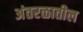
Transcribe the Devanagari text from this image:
अंतरळातील